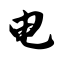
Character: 电